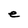
Character: e